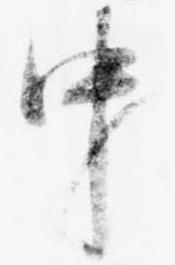
中